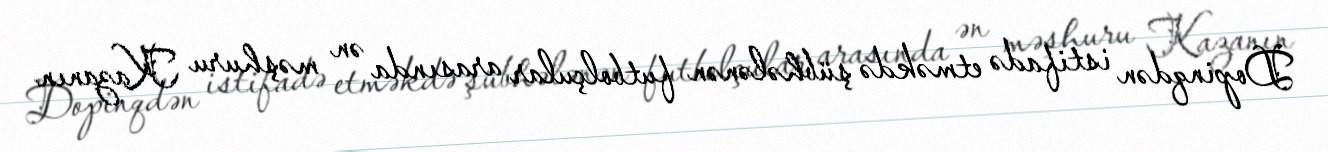
Dopinqdən istifadə etməkdə şübhələnən futbolçular arasında ən məşhuru Kazanın